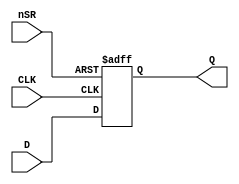
module GP_DFFSR(input D, CLK, nSR, output reg Q);
	parameter [0:0] INIT = 1'bx;
	parameter [0:0] SRMODE = 1'bx;
	initial Q = INIT;
	always @(posedge CLK, negedge nSR) begin
		if (!nSR)
			Q <= SRMODE;
		else
			Q <= D;
	end
endmodule